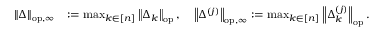
\begin{array} { r l } { \left\| { \Delta } \right\| _ { \mathrm { o p , \infty } } } & { : = \operatorname* { m a x } _ { k \in [ n ] } \left\| { \Delta _ { k } } \right\| _ { \mathrm { o p } } , \quad \left\| { \Delta ^ { ( j ) } } \right\| _ { \mathrm { o p , \infty } } : = \operatorname* { m a x } _ { k \in [ n ] } \left\| { \Delta _ { k } ^ { ( j ) } } \right\| _ { \mathrm { o p } } . } \end{array}